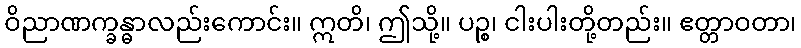
ဝိညာဏက္ခန္ဓာလည်းကောင်း။ ဣတိ၊ ဤသို့။ ပဉ္စ၊ ငါးပါးတို့တည်း။ ဧတ္တာဝတာ၊